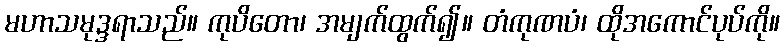
မဟာသမုဒ္ဒရာသည်။ ကုပိတော၊ အမျက်ထွက်၍။ တံကုဏပံ၊ ထိုအကောင်ပုပ်ကို။